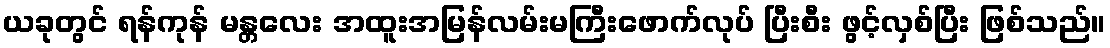
ယခုတွင် ရန်ကုန် မန္တလေး အထူးအမြန်လမ်းမကြီးဖောက်လုပ် ပြီးစီး ဖွင့်လှစ်ပြီး ဖြစ်သည်။